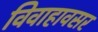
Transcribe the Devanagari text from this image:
विवाहावसर